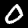
Digit: 0